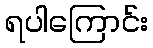
ရပါကြောင်း